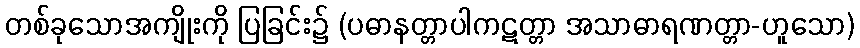
တစ်ခုသောအကျိုးကို ပြခြင်း၌ (ပဓာနတ္တာပါကဋတ္တာ အသာဓာရဏတ္တာ-ဟူသော)